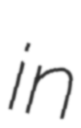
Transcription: in